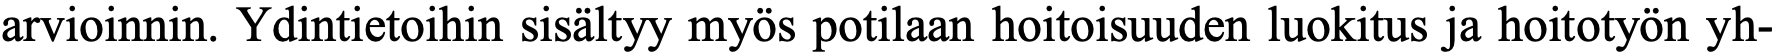
arvioinnin. Ydintietoihin sisältyy myös potilaan hoitoisuuden luokitus ja hoitotyön yh-